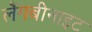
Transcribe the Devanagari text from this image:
लैंगबीनाइट